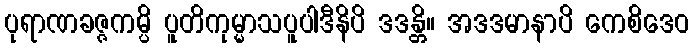
ပုရာဏခဇ္ဇကမ္ပိ ပူတိကုမ္မာသပူပါဒီနိပိ ဒဒန္တိ။ အဒဒမာနာပိ ကေစိဒေဝ